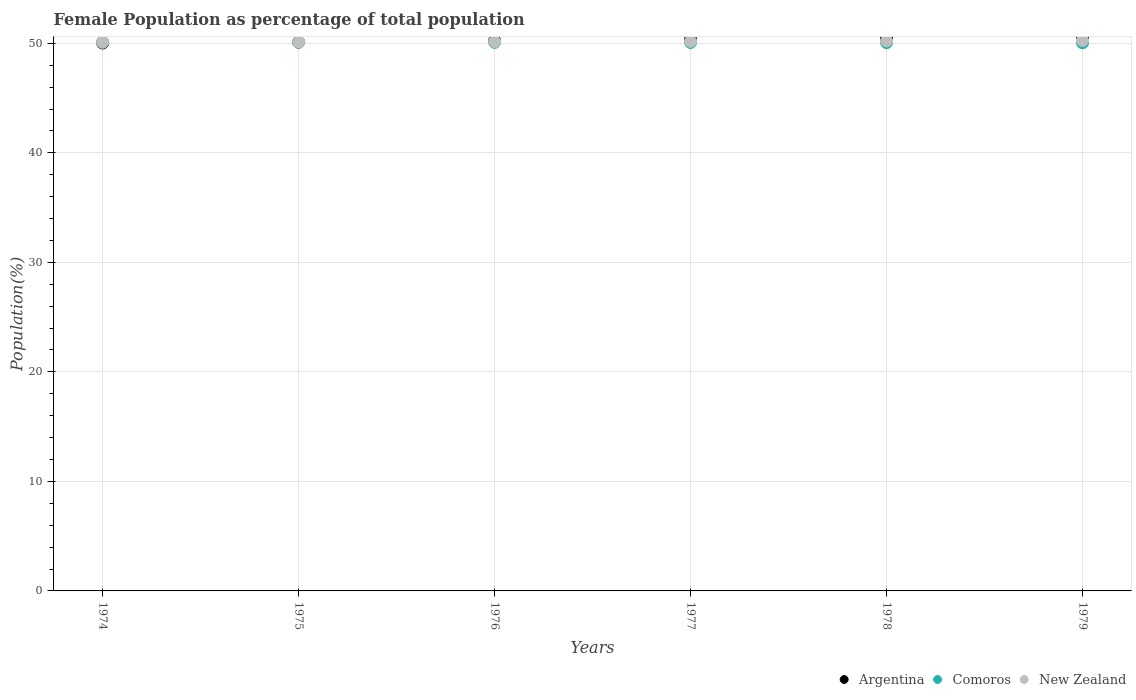
| Years | Argentina | Comoros | New Zealand |
 | --- | --- | --- | --- |
 | 1974 | 50 | 50.1 | 50.1 |
 | 1975 | 50.1 | 50.1 | 50.1 |
 | 1976 | 50.2 | 50.1 | 50.2 |
 | 1977 | 50.3 | 50.1 | 50.2 |
 | 1978 | 50.5 | 50.1 | 50.2 |
 | 1979 | 50.6 | 50.1 | 50.3 |